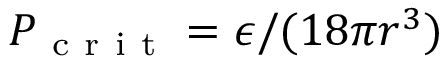
P _ { \mathrm { ~ c ~ r ~ i ~ t ~ } } = \epsilon / ( 1 8 \pi r ^ { 3 } )